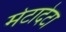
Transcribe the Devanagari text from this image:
मेटादेटा